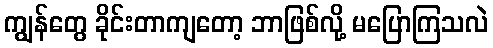
ကျွန်တွေ ခိုင်းတာကျတော့ ဘာဖြစ်လို့ မပြောကြသလဲ